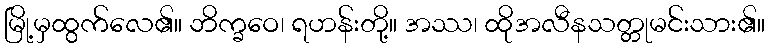
မြို့မှထွက်လေ၏။ ဘိက္ခဝေ၊ ရဟန်းတို့။ အဿ၊ ထိုအလီနသတ္တုမင်းသား၏။